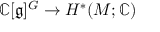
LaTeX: \mathbb { C } [ { \mathfrak { g } } ] ^ { G } \to H ^ { * } ( M ; \mathbb { C } )